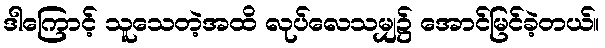
ဒါကြောင့် သူသေတဲ့အထိ လုပ်လေသမျှ၌ အောင်မြင်ခဲ့တယ်။